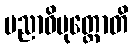
ပညာဝိမုတ္တောတိ